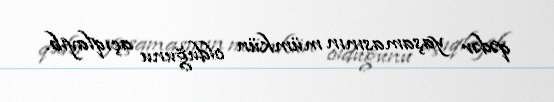
qədər yaşamasının mümkün olduğunu açıqlayıb.